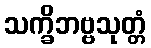
သက္ခိဘဗ္ဗသုတ္တံ